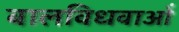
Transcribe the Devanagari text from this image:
बालविधवाओं